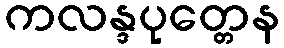
ကလန္ဒပုတ္တေန